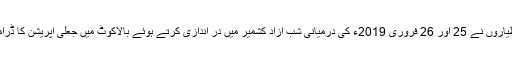
بھارتی طیاروں نے 25 اور 26 فروری 2019ء کی درمیانی شب آزاد کشمیر میں در اندازی کرتے ہوئے بالاکوٹ میں جعلی آپریشن کا ڈرامہ رچایا۔